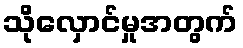
သိုလှောင်မှုအတွက်